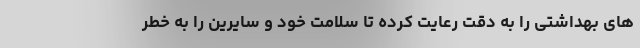
های بهداشتی را به دقت رعایت کرده تا سلامت خود و سایرین را به خطر